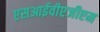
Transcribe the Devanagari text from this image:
एसआईवीएजीएम